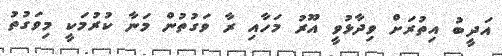
އަދީބު އިތުރަށް ވިދާޅުވީ އޫރު މަހާއި ރާ ވަގުތުން މަނާ ކުރުމަކީ މިވަގުތު